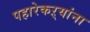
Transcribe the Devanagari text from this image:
पहारेकऱ्यांना